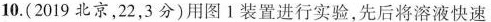
10.(2019北京，22，3分)用图Ⅰ装置进行实验，先后将溶液快速